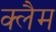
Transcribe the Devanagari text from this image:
क्लैम